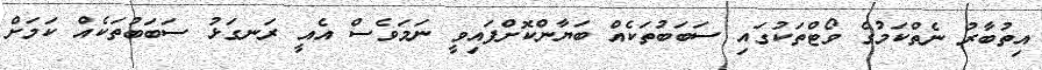
އިތުބާރު ނެތްކަމުގެ ވޯޓްތަކުގައި ސަބަބުތަކެއް ބަޔާންކޮށްފައިވީ ނަމަވެސް އެއީ ރަނގަޅު ސަބަބުތަކެއް ކަމަށް